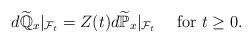
LaTeX: \begin{align*} d\widetilde{\mathbb{Q}}_{x}|_{\mathcal{F}_{t}}=Z(t) d\widetilde{\mathbb{P}}_{x}|_{\mathcal{F}_{t}}\quad\mbox{ for }t\ge 0. \end{align*}